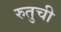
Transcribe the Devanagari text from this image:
रुतुची